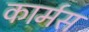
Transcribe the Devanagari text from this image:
कार्मस